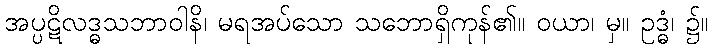
အပ္ပဋိလဒ္ဓသဘာဝါနိ၊ မရအပ်သော သဘောရှိကုန်၏။ ဝယာ၊ မှ။ ဥဒ္ဓံ၊ ၌။